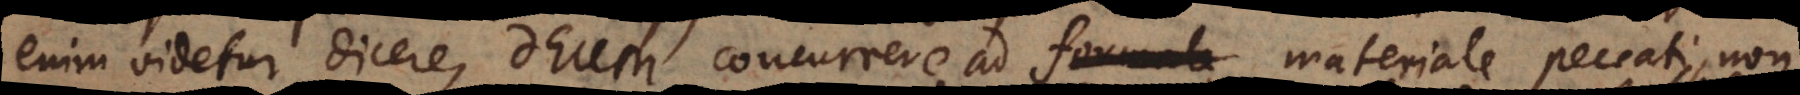
enim videtur dicere, Deum concurrere ad formale materiale peccati, non